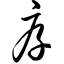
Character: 厚